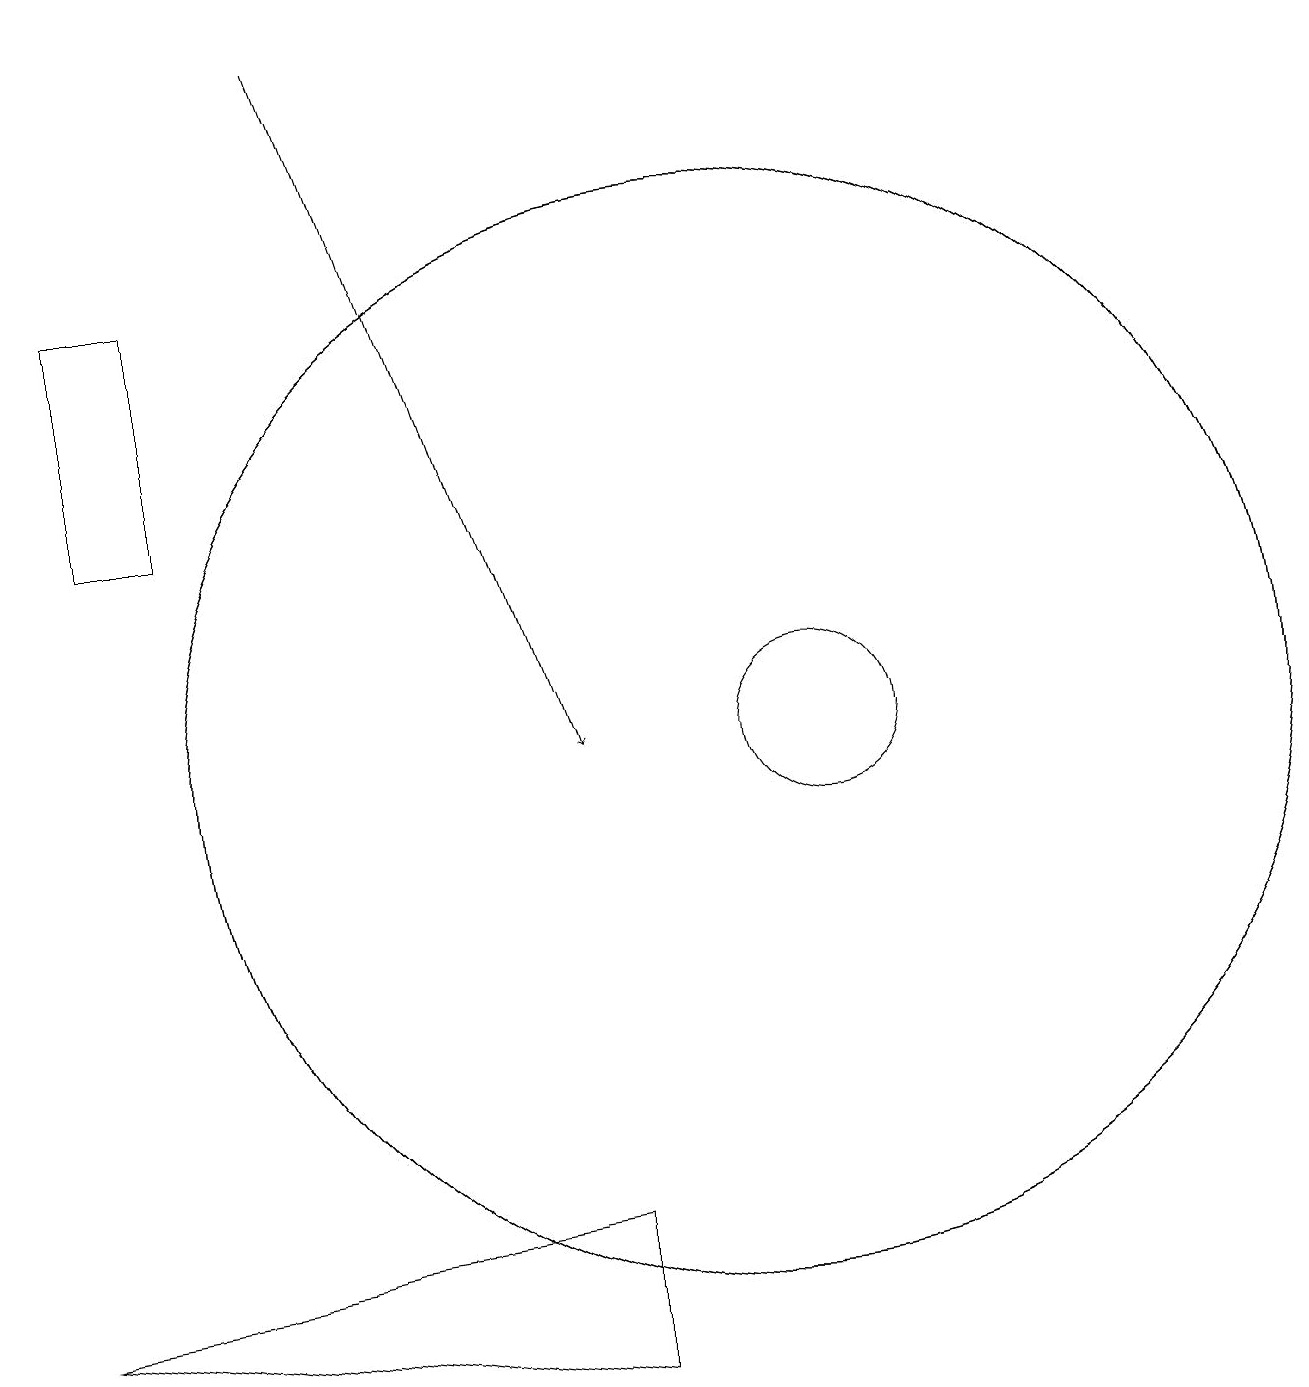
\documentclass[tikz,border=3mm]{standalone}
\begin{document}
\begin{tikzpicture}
\draw (8,2) -- (8,4) -- (1,3) -- cycle;
\draw (11,10) circle (1);
\draw (2,13) rectangle (3,16);
\draw (10,10) circle (7);
\draw[->] (5,19) -- (8,10);
\draw (10,10) circle (7);
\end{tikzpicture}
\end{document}